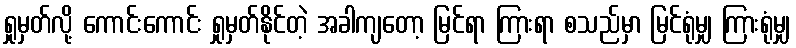
ရှုမှတ်လို့ ကောင်းကောင်း ရှုမှတ်နိုင်တဲ့ အခါကျတော့ မြင်ရာ ကြားရာ စသည်မှာ မြင်ရုံမျှ ကြားရုံမျှ